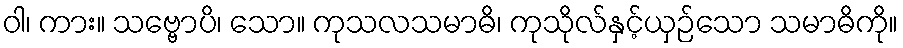
ဝါ၊ ကား။ သဗ္ဗောပိ၊ သော။ ကုသလသမာဓိ၊ ကုသိုလ်နှင့်ယှဉ်သော သမာဓိကို။